Report on sanitation, dispensaries, and jails in Rajputana for 1921, and on vaccination for the year 1921-1922 - 1921-1922
Year: 1921
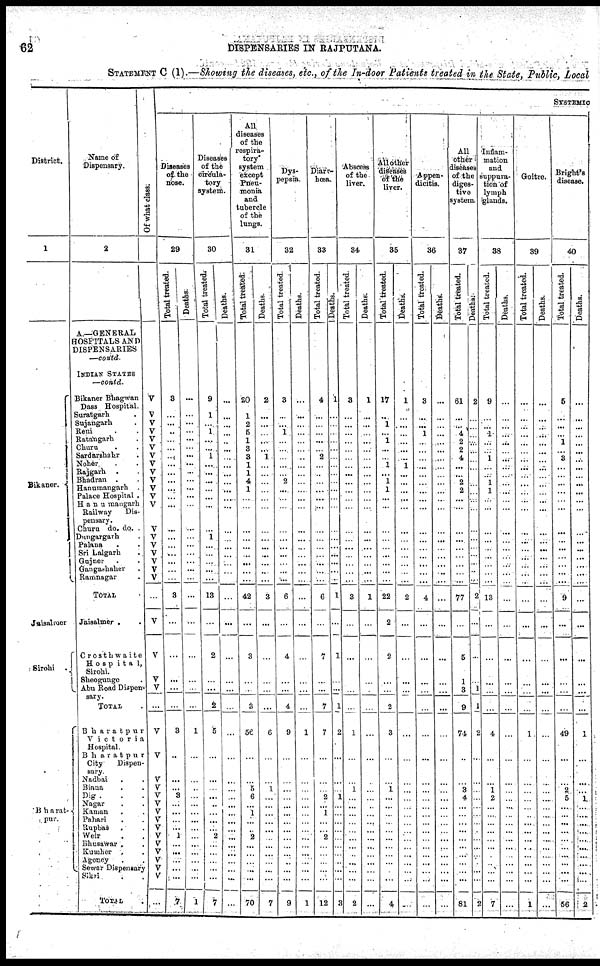
62
DISPENSARIES IN RAJPUTANA.
STATEMENT C (I).—Showing the diseases, etc., of the In-door Patients treated in the State, Public, Local
District.
1
Bikaner.
Jaisalmer
Sirohi .
Bharat¬
pur.
Name of
Dispensary.
2
A.—GENERAL
HOSPITALS AND
DISPENSARIES
—contd.
INDIAN STATES
—contd.
Bikaner Bhagwan
Dass Hospital.
Suratgarh .
Sujangarh .
Reni . .
Ratangarh .
Churu . .
Sardarshahr .
Noher . .
Rajgarh . .
Bhadran . .
Hanumangarh .
Palace Hospital .
Hanumangarh
Railway
Dis¬
pensary.
Churu do. do. .
Dungargarh .
Palana . .
Sri Lalgarh .
Gujner . .
Gangashaher .
Ramnagar .
TOTAL .
Jaisalmer . .
Crosthwaite
Hospita1,
Sirohi.
Sheogunge .
Abu Road Dispen¬
sary.
TOTAL .
Bharatpur
Victoria
Hospital.
Bharatpur
City
Dispen-
sary.
Nadbai . .
Biana . .
Dig . . .
Nagar . .
Kaman
. .
Pahari . .
Rupbas . .
Weir . .
Bhusawar . .
Kumher . .
Agency . .
Sewar Dispensary
Sikri . .
TOTAL
.
Of what class.
V
V
V
V
V
V
V
V
V
V
V
V
V
V
V
V
V
V
V
V
...
V
V
V
V
...
V
V
V
V
V
V
V
V
V
V
V
V
V
V
V
...
SYSTEMIC
Diseases
of the
nose.
29
Total treated.
3
...
...
...
...
...
...
...
...
...
...
...
...
...
...
...
...
...
...
...
3
...
...
...
...
...
3
...
...
...
3
...
...
...
...
1
...
...
...
...
...
7
Deaths.
...
...
...
...
...
...
...
...
...
...
...
...
...
...
...
...
...
...
...
...
...
...
...
...
...
...
1
...
...
...
...
...
...
...
...
...
...
...
...
...
...
1
Diseases
of the
circula¬
tory
system.
30
Total treated.
9
1
...
1
...
...
1
...
...
...
...
...
...
...
1
...
...
...
...
...
13
...
2
...
...
2
5
...
...
...
...
...
...
...
...
2
...
...
...
...
...
7
Deaths.
...
...
...
...
...
...
...
...
...
...
...
...
...
...
...
...
...
...
...
...
...
...
...
...
...
...
...
...
...
...
...
...
...
...
...
...
...
...
...
...
...
...
All
diseases
of the
respira¬
tory
system
except
Pneu-
monia
and
tubercle
of the
lungs.
31
Total treated.
20
1
2
5
1
3
3
1
1
4
1
...
...
...
...
...
...
...
...
...
42
...
3
...
...
3
56
...
... 5
6
...
1
...
...
2
...
...
...
...
...
70
Deaths.
2
...
...
...
...
...
1
...
...
...
...
...
...
...
...
...
...
...
...
...
3
...
...
...
...
...
6
...
...
1
...
...
...
...
...
...
...
...
...
...
...
7
Dys-
pepsia.
32
Total treated.
3
...
...
1
...
...
...
...
...
2
...
...
...
...
...
...
...
...
...
...
6
...
4
...
...
4
9
...
...
...
...
...
...
...
...
...
...
...
...
...
...
9
Deaths.
...
...
...
...
...
...
...
...
...
...
...
...
...
...
...
...
...
...
...
...
...
...
...
...
...
...
1
...
...
...
...
...
...
...
...
...
...
...
...
...
...
1
Diarr-
hoea.
33
Total treated.
4
...
...
...
...
...
2
...
...
...
...
...
...
...
...
...
...
...
...
...
6
...
7
...
...
7
7
...
...
...
2
...
1
...
...
2
...
...
...
...
...
12
Deaths.
1
...
...
...
...
...
...
...
...
...
...
...
...
...
...
...
...
...
...
...
1
...
1
...
...
1
2
...
...
...
1
...
...
...
...
...
...
...
...
...
...
3
Abscess
of the
liver.
34
Total treated.
3
...
...
...
...
...
...
...
...
...
...
...
...
...
...
...
...
...
...
...
3
...
...
...
...
...
1
...
...
1
...
...
...
...
...
...
...
...
...
...
...
2
Deaths.
1
...
...
...
...
...
...
...
...
...
...
...
...
...
...
...
...
...
...
...
1
...
...
...
...
...
...
...
...
...
...
...
...
...
...
...
...
...
...
...
...
...
All other
diseases
of the
liver
35
Total treated.
17
...
1
...
1
...
...
1
...
1
1
...
...
...
...
...
...
...
...
...
22
2
2
...
...
2
3
...
...
1
...
...
...
...
...
...
...
...
...
...
...
4
Deaths.
1
...
...
...
...
...
...
1
...
...
...
...
...
...
...
...
...
...
...
...
2
...
...
...
...
...
...
...
...
...
...
...
...
...
...
...
...
...
...
...
...
...
Appen-
dicitis.
36
Total treated.
3
...
...
1
...
...
...
...
...
...
...
...
...
...
...
...
...
...
...
...
4
...
...
...
...
...
...
...
...
...
...
...
...
...
...
...
...
...
...
...
...
...
Deaths.
...
...
...
...
...
...
...
...
...
...
...
...
...
...
...
...
...
...
...
...
...
...
...
...
...
...
...
...
...
...
...
...
...
...
...
...
...
...
...
...
...
All
other
diseases
of the
diges-
tive
system.
37
Total treated.
61
...
...
4
2
2
4
...
...
2
2
...
...
...
...
...
...
...
...
...
77
...
5
1
3
9
74
...
...
3
4
...
...
...
...
...
...
...
...
...
...
81
Deaths.
2
...
...
...
...
...
...
...
...
...
...
...
...
...
...
...
...
...
...
...
2
...
...
...
1
1
2
...
...
...
...
...
...
...
...
...
...
...
...
...
...
2
Inflam-
mation
and
suppura-
tion of
lymph
glands.
38
Total treated.
9
...
...
1
...
...
1
...
...
1
1
...
...
...
...
...
...
...
...
...
13
...
...
...
...
...
4
...
...
1
2
...
...
...
...
...
...
...
...
...
...
7
Deaths.
...
...
...
...
...
...
...
...
...
...
...
...
...
...
...
...
...
...
...
...
...
...
...
...
...
...
...
...
...
...
...
...
...
...
...
...
...
...
...
...
...
...
Goitre.
39
Total treated.
...
...
...
...
...
...
...
...
...
...
...
...
...
...
...
...
...
...
...
...
...
...
...
...
...
...
1
...
...
...
...
...
...
...
...
...
...
...
...
...
...
1
Deaths.
...
...
...
...
...
...
...
...
...
...
...
...
...
...
...
...
...
...
...
...
...
...
...
...
...
...
...
...
...
...
...
...
...
...
...
...
...
...
...
...
...
...
Bright's
disease.
40
Total treated.
5
...
...
...
1
...
3
...
...
...
...
...
...
...
...
...
...
...
...
...
9
...
...
...
...
...
49
...
...
2
5
...
...
...
...
...
...
...
...
...
...
56
Deaths.
...
...
...
...
...
...
...
...
...
...
...
...
...
...
...
...
...
...
...
...
...
...
...
...
...
...
1
...
...
...
1
...
... ...
...
...
...
...
...
...
...
2